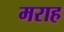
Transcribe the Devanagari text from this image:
मराह